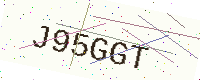
Text: J95GGT